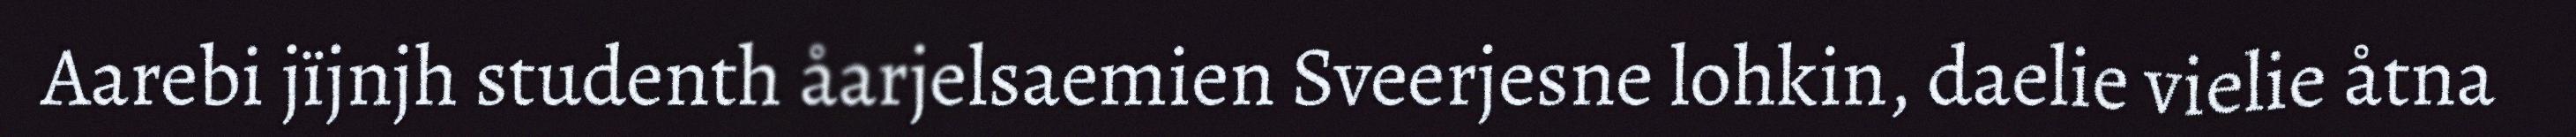
Aarebi jïjnjh studenth åarjelsaemien Sveerjesne lohkin, daelie vielie åtna